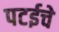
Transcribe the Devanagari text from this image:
पटईचे